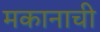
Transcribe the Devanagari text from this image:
मकानाची